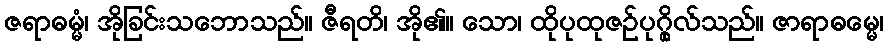
ဇရာဓမ္မံ၊ အိုခြင်းသဘောသည်။ ဇီရတိ၊ အို၏။ သော၊ ထိုပုထုဇဉ်ပုဂ္ဂိုလ်သည်။ ဇာရာဓမ္မေ၊